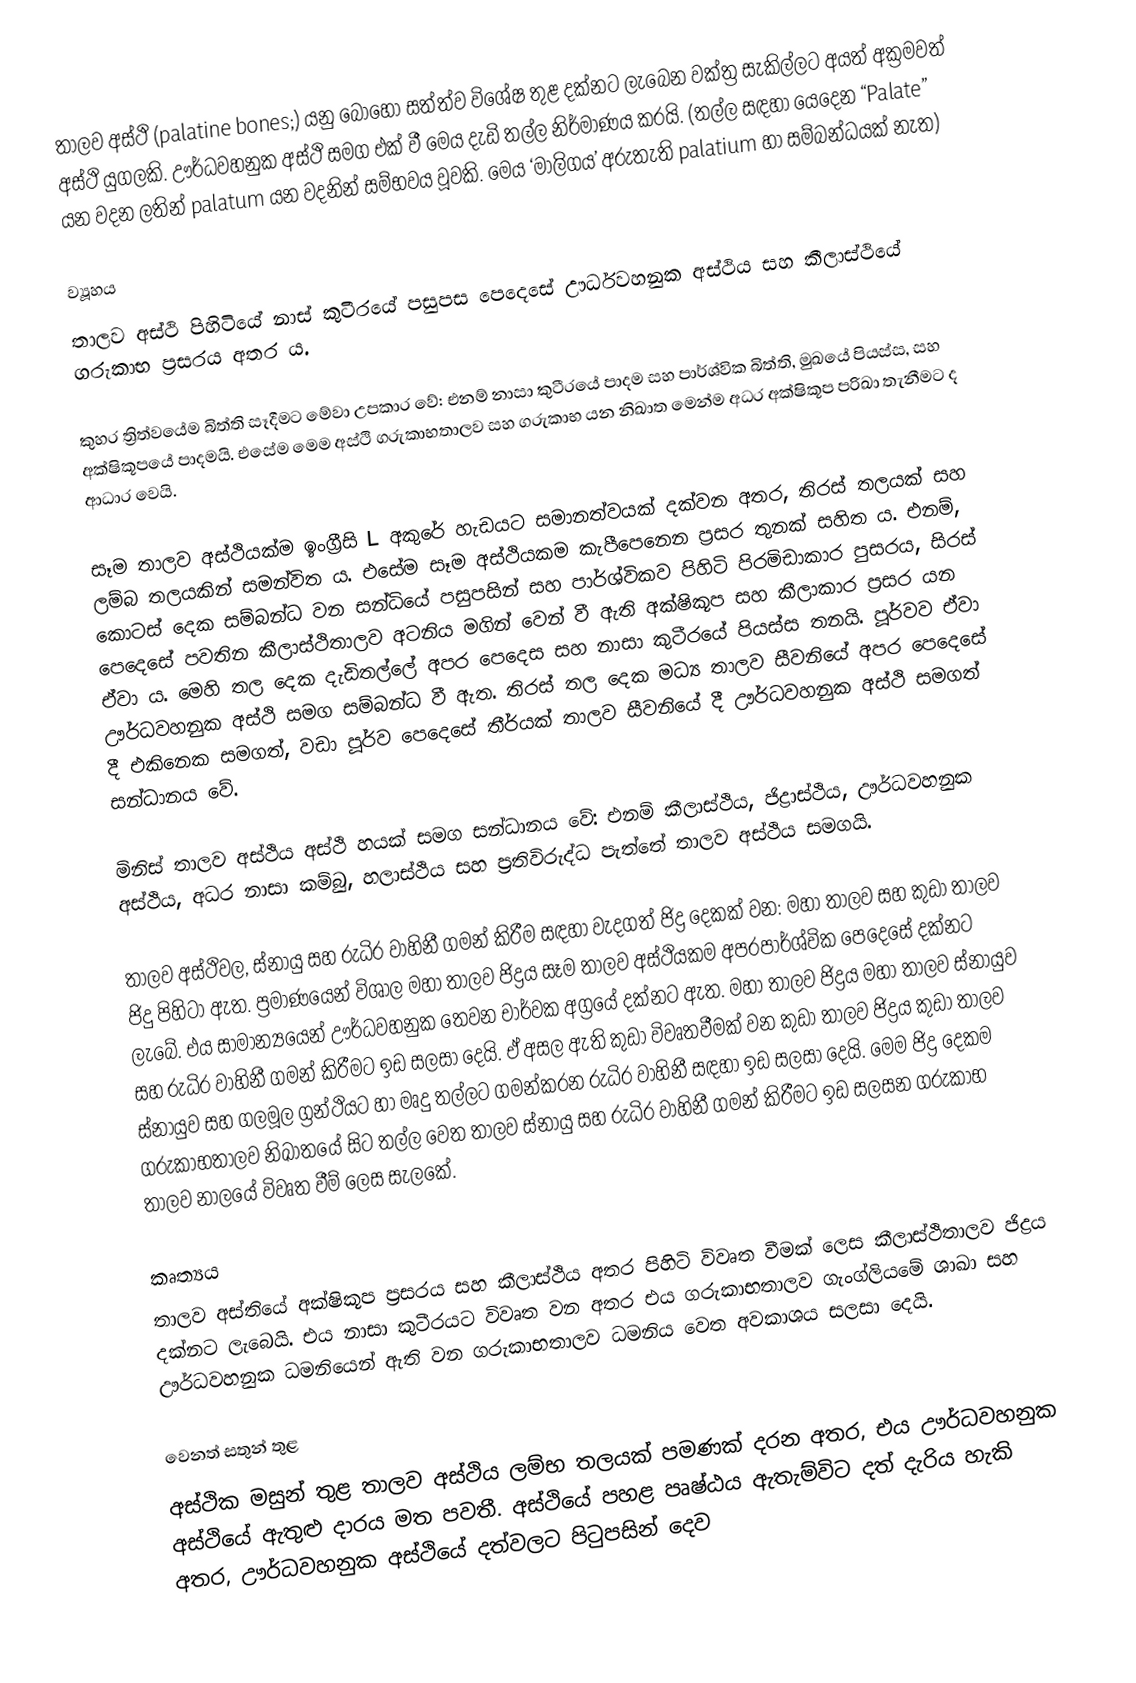
තාලව අස්ථි (palatine bones;) යනු බොහෝ සත්ත්ව විශේෂ තුළ දක්නට ලැබෙන වක්ත්‍ර සැකිල්ලට අයත් අක්‍රමවත් අස්ථි යුගලකි. ඌර්ධවහනුක අස්ථි සමග එක් වී මෙය දැඩි තල්ල නිර්මාණය කරයි. (තල්ල සඳහා යෙදෙන “Palate” යන වදන ලතින් palatum යන වදනින් සම්භවය වූවකි. මෙය ‘මාලිගය’ අරුතැති palatium හා සම්බන්ධයක් නැත)

ව්‍යූහය
තාලව අස්ථි පිහි‍ටියේ නාස් කුටීරයේ පසුපස පෙදෙසේ ඌර්ධවහනුක අස්ථිය සහ කීලාස්ථියේ ගරුකාභ ප්‍රසරය අතර ය.

කුහර ත්‍රිත්වයේම බිත්ති සෑදීමට මේවා උපකාර වේ: එනම් නාසා කුටීරයේ පාදම සහ පාර්ශ්වික බිත්ති, මුඛයේ පියස්ස, සහ අක්ෂිකූපයේ පාදමයි. එසේම ‍මෙම අස්ථි ගරුකාභතාලව සහ ගරුකාභ යන නිඛාත මෙන්ම අධර අක්ෂිකූප පරිඛා තැනීමට ද ආධාර වෙයි.

සෑම තාලව අස්ථියක්ම ඉංග්‍රීසි L අකුරේ හැඩයට සමානත්වයක් දක්වන අතර, තිරස් තලයක් සහ ලම්බ තලයකින් සමන්විත ය. එසේම සෑම අස්ථියකම කැපීපෙනෙන ප්‍රසර තුනක් සහිත ය. එනම්, කොටස් දෙක සම්බන්ධ වන සන්ධියේ පසුපසින් සහ පාර්ශ්විකව පිහිටි පිරමිඩාකාර පුසරය, සිරස් පෙදෙසේ පවතින කීලාස්ථිතාලව අටනිය මගින් වෙන් වී ඇති අක්ෂිකූප සහ කීලාකාර ප්‍රසර යන ඒවා ය. මෙහි තල දෙක දැඩිතල්ලේ අපර පෙදෙස සහ නාසා කුටීරයේ පියස්ස තනයි. පූර්වව ඒවා ඌර්ධවහනුක අස්ථි සමග සම්බන්ධ වී ඇත. තිරස් තල දෙක මධ්‍ය තාලව සීවනියේ අපර පෙදෙසේ දී එකිනෙක සමගත්, වඩා පූර්ව පෙදෙසේ තීර්යක් තාලව සීවනියේ දී ඌර්ධවහනුක අස්ථි සමගත් සන්ධානය වේ.

මිනිස් තාලව අස්ථිය අස්ථි හයක් සමග සන්ධානය වේ: එනම් කීලාස්ථිය, ජිද්‍රාස්ථිය, ඌර්ධවහනුක අස්ථිය, අධර නාසා කම්බු, හලාස්ථිය සහ ප්‍රතිවිරුද්ධ පැත්තේ තාලව අස්ථිය සමගයි.

තාලව අස්ථිවල, ස්නායු සහ රුධිර වාහිනී ගමන් කිරීම සඳහා වැදගත් ජිද්‍ර දෙකක් වන: මහා තාලව සහ කුඩා තාලව ජිදු පිහිටා ඇත. ප්‍රමාණයෙන් විශාල මහා තාලව ජිද්‍රය සෑම තාලව අස්ථියකම අපරපාර්ශ්වික පෙදෙසේ දක්නට ලැබේ. එය සාමාන්‍යයෙන් ඌර්ධවහනුක තෙවන චාර්වක අග්‍රයේ දක්නට ඇත. මහා තාලව ජිද්‍රය මහා තාලව ස්නායුව සහ රුධිර වාහිනී ගමන් කිරීමට ඉඩ සලසා දෙයි. ඒ අසල ඇති කුඩා විවෘතවීමක් වන කුඩා තාලව ජිද්‍රය කුඩා තාලව ස්නායුව සහ ගලමූල ග්‍රන්ථියට හා මෘදු තල්ලට ගමන්කරන රුධිර වාහිනී සඳහා ඉඩ සලසා දෙයි. මෙම ජිද්‍ර දෙකම ගරුකාභතාලව නිඛාතයේ සිට තල්ල වෙත තාලව ස්නායු සහ රුධිර වාහිනී ගමන් කිරීමට ඉඩ සලසන ගරුකාභ තාලව නාලයේ විවෘත වීම් ලෙස සැලකේ.

කෘත්‍යය
තාලව අස්තියේ අක්ෂිකූප ප්‍රසරය සහ කීලාස්ථිය අතර පිහිටි විවෘත වීමක් ලෙස කීලාස්ථිතාලව ජිද්‍රය දක්නට ලැබෙයි. එය නාසා කුටීරයට විවෘත වන අතර එය ගරුකාභතාලව ගැංග්ලියමේ ශාඛා සහ ඌර්ධවහනුක ධමනියෙන් ඇති වන ගරුකාභතාලව ධමනිය වෙත අවකාශය සලසා දෙයි.

වෙනත් සතුන් තුළ
අස්ථික මසුන් තුළ තාලව අස්ථිය ලම්භ තලයක් පමණක් දරන අතර, එය ඌර්ධවහනුක අස්ථියේ ඇතුළු දාරය මත පවතී. අස්ථියේ පහළ පෘෂ්ඨය ඇතැම්විට දත් දැරිය හැකි අතර, ඌර්ධවහනුක අස්ථියේ දත්වලට පිටුපසින් දෙව